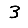
Digit: 3